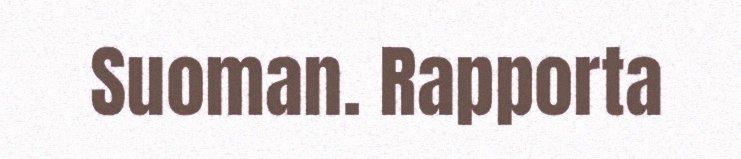
Suoman. Rapporta